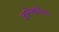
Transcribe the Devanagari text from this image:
ज्ञानेश्वरीला